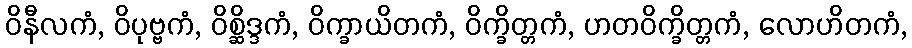
ဝိနီလကံ, ဝိပုဗ္ဗကံ, ဝိစ္ဆိဒ္ဒကံ, ဝိက္ခာယိတကံ, ဝိက္ခိတ္တကံ, ဟတဝိက္ခိတ္တကံ, လောဟိတကံ,